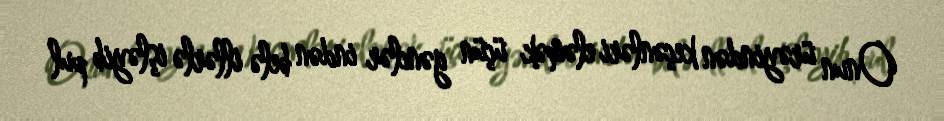
Onun ürəyindən keçənləri eləmək üçün gənclər indən belə illərlə işləyib pul